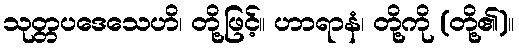
သုတ္တပဒေသေဟိ၊ တို့ဖြင့်။ ဟာရာနံ၊ တို့ကို (တို့၏)။